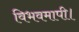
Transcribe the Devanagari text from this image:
विभवमापी।